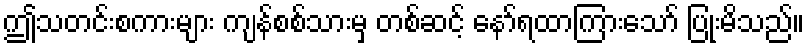
ဤသတင်းစကားများ ကျန်စစ်သားမှ တစ်ဆင့် နော်ရထာကြားသော် ပြုံးမိသည်။